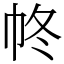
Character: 㠽